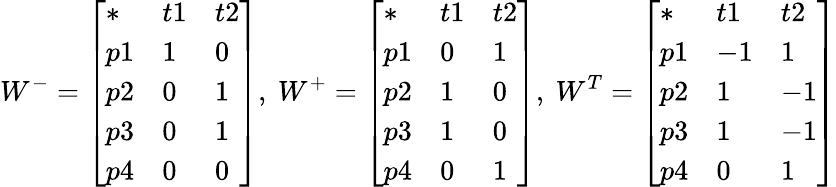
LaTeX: W^{-}={\left[\begin{array}{lll}{*}&{t1}&{t2}\\ {p1}&{1}&{0}\\ {p2}&{0}&{1}\\ {p3}&{0}&{1}\\ {p4}&{0}&{0}\end{array}\right]},\ W^{+}={\left[\begin{array}{lll}{*}&{t1}&{t2}\\ {p1}&{0}&{1}\\ {p2}&{1}&{0}\\ {p3}&{1}&{0}\\ {p4}&{0}&{1}\end{array}\right]},\ W^{T}={\left[\begin{array}{lll}{*}&{t1}&{t2}\\ {p1}&{-1}&{1}\\ {p2}&{1}&{-1}\\ {p3}&{1}&{-1}\\ {p4}&{0}&{1}\end{array}\right]}